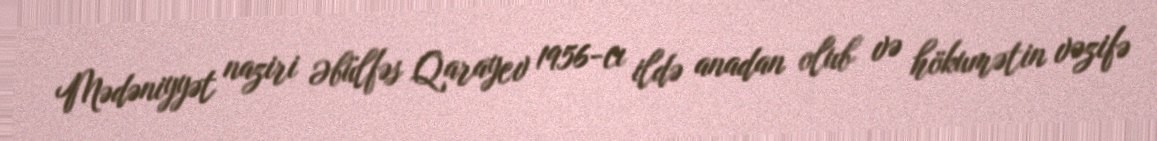
Mədəniyyət naziri Əbülfəs Qarayev 1956-cı ildə anadan olub və hökumətin vəzifə